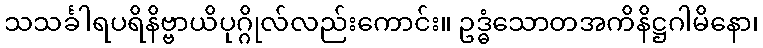
သသင်္ခါရပရိနိဗ္ဗာယိပုဂ္ဂိုလ်လည်းကောင်း။ ဥဒ္ဓံသောတအကိနိဋ္ဌဂါမိနော၊